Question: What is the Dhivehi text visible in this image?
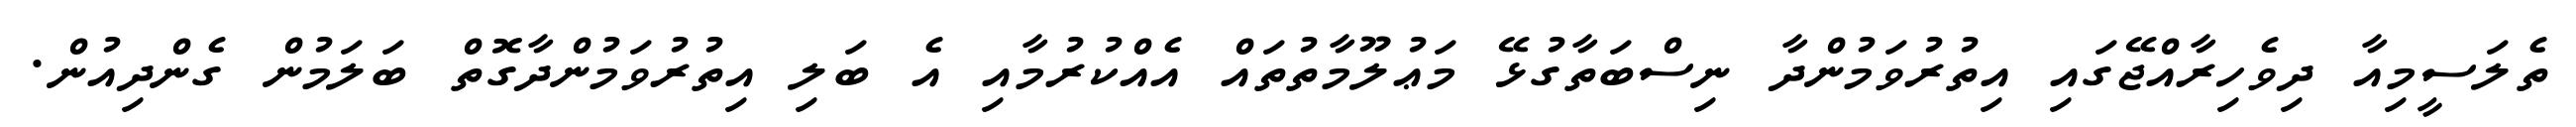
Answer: ތެލަސީމިއާ ދިވެހިރާއްޖޭގައި އިތުރުވަމުންދާ ނިސްބަތާގުޅޭ މަޢުލޫމާތުތައް އެއްކުރުމާއި އެ ބަލި އިތުރުވަމުންދާގޮތް ބަލަމުން ގެންދިއުން.